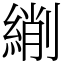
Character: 䌃